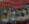
تحديات